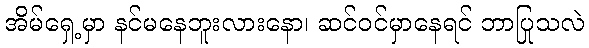
အိမ်ရှေ့မှာ နင်မနေဘူးလားနော၊ ဆင်ဝင်မှာနေရင် ဘာပြုသလဲ